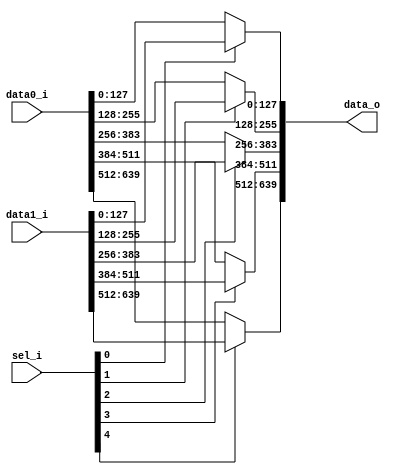
module bsg_mux_segmented_segments_p5_segment_width_p128
(
  data0_i,
  data1_i,
  sel_i,
  data_o
);

  input [639:0] data0_i;
  input [639:0] data1_i;
  input [4:0] sel_i;
  output [639:0] data_o;
  wire [639:0] data_o;
  wire N0,N1,N2,N3,N4,N5,N6,N7,N8,N9;
  assign data_o[127:0] = (N0)? data1_i[127:0] : 
                         (N5)? data0_i[127:0] : 1'b0;
  assign N0 = sel_i[0];
  assign data_o[255:128] = (N1)? data1_i[255:128] : 
                           (N6)? data0_i[255:128] : 1'b0;
  assign N1 = sel_i[1];
  assign data_o[383:256] = (N2)? data1_i[383:256] : 
                           (N7)? data0_i[383:256] : 1'b0;
  assign N2 = sel_i[2];
  assign data_o[511:384] = (N3)? data1_i[511:384] : 
                           (N8)? data0_i[511:384] : 1'b0;
  assign N3 = sel_i[3];
  assign data_o[639:512] = (N4)? data1_i[639:512] : 
                           (N9)? data0_i[639:512] : 1'b0;
  assign N4 = sel_i[4];
  assign N5 = ~sel_i[0];
  assign N6 = ~sel_i[1];
  assign N7 = ~sel_i[2];
  assign N8 = ~sel_i[3];
  assign N9 = ~sel_i[4];

endmodule